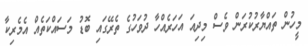
މީހުން ތައްޔާރުކުރަން ވެސް މިދިއަ އަހަރެއްހާ ދުވަހުގެ ތެރޭގައި ބޮޑު މަސައްކަތެއް އެމެރިކާ